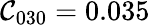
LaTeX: \mathcal{C}_{030}=0.035